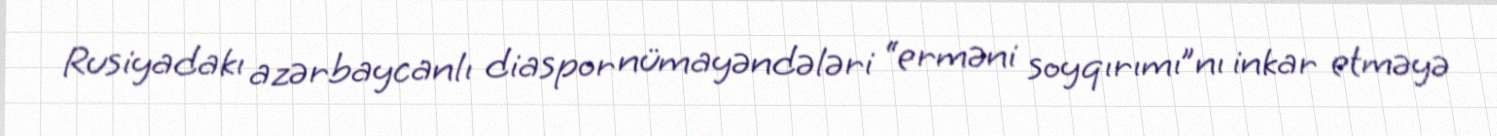
Rusiyadakı azərbaycanlı diaspor nümayəndələri “erməni soyqırımı”nı inkar etməyə